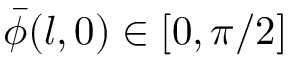
\bar { \phi } ( l , 0 ) \in [ 0 , \pi / 2 ]